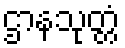
ဌာနသုတ္တံ